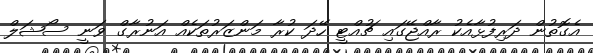
އެގޮތުން ދަރިފުޅާއެކު ރާއްޖޭގައި ޗުއްޓީ ހޭދަ ކުރާ މަންޒަރުތަކެއް އަނުރާގް ވަނީ ސޯޝަލް